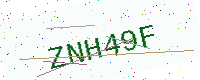
Text: ZNH49F